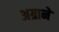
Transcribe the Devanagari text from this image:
अग्राने